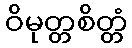
ဝိမုတ္တစိတ္တံ